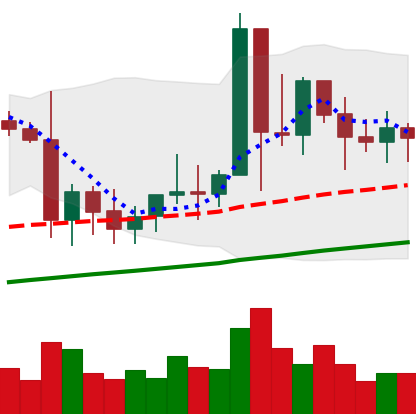
Ticker: XMR-USD
Chart end date: 2021-01-18
Forward return: -11.946%
Label: down_7plus